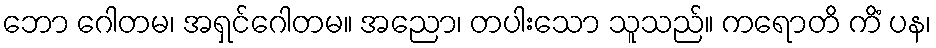
ဘော ဂေါတမ၊ အရှင်ဂေါတမ။ အညော၊ တပါးသော သူသည်။ ကရောတိ ကိံ ပန၊